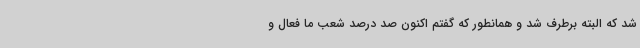
شد که البته برطرف شد و همانطور که گفتم اکنون صد درصد شعب ما فعال و